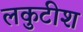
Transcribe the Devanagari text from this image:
लकुटीश